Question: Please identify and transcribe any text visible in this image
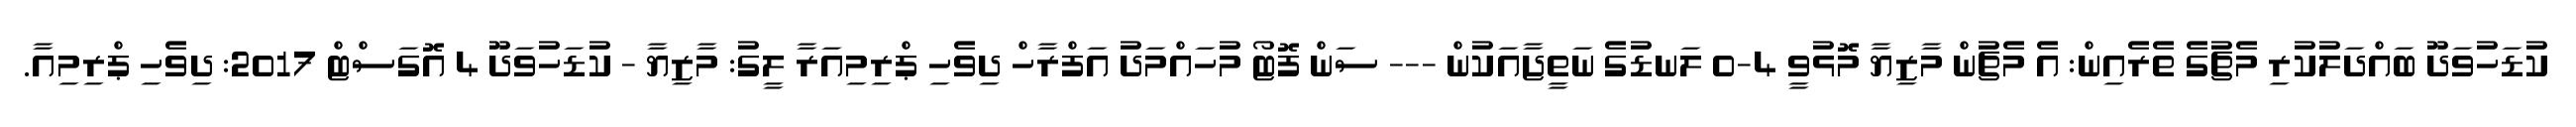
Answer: ކުޑަހުވަދޫ ބައްދަލުކުރި މެޗުގެ ތެރެއިން: އެ މެޗުން މާޒިޔާ މޮޅުވީ 4-0 ލަނޑުގެ ނަތީޖާއަކުން --- ސަން ފޮޓޯ މުހައްމަދު އަފްރާހް ދިވެހި ޕްރިމިއަރާ ލީގު: މާޒިޔާ - ކުޑަހުވަދޫ 4 އޮގަސްޓް 2017: ދިވެހި ޕްރިމިއާ.